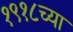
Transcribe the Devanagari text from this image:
१९१८च्या